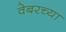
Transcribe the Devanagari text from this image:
वेबरच्या